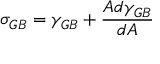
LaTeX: \sigma _ { G B } = \gamma _ { G B } + { \frac { A d \gamma _ { G B } } { d A } } \,